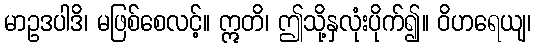
မာဥဒပါဒိ၊ မဖြစ်စေလင့်။ ဣတိ၊ ဤသို့နှလုံးပိုက်၍။ ဝိဟရေယျ၊